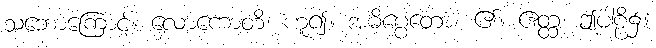
သဘောကြောင့်။ လောကောတိ၊ ဟူ၍။ အဓိပ္ပေတော၊ ၏။ ဧတ္ထ၊ ဤပါဠိ၌။